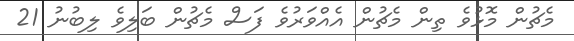
މެޗުން މޮޅުވެ ތިން މެޗުން އެއްވަރުވެ ފަސް މެޗުން ބަލިވެ ލިބުނު 21